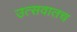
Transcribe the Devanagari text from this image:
उत्सवातच